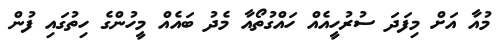
މުއާ އަށް މިފަދަ ސުރުހީއެއް ހައްގުތޯއާ މެދު ބައެއް މީހުންގެ ހިތުގައި ފުން